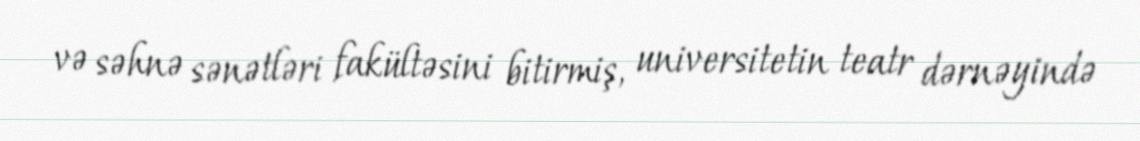
və səhnə sənətləri fakültəsini bitirmiş, universitetin teatr dərnəyində